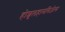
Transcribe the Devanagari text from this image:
होशूलहामगिज़ेत्स